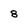
Character: 8